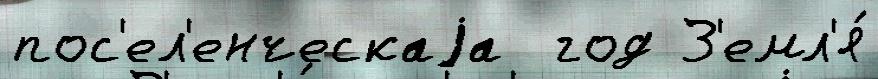
пос'ел'енческаjа  год З'емл'я́